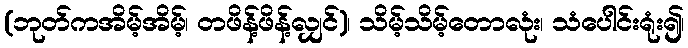
(ဘုတ်ကအိမ့်အိမ့်၊ တဖိန့်ဖိန့်လျှင်)၊ သိမ့်သိမ့်တောလုံး၊ သံပေါင်းရုံး၍၊